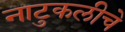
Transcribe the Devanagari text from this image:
नाटुकलीचे